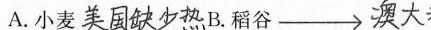
A.小麦##美国缺少热## B.稻谷##\rightarrow 澳大&##